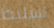
تسليط